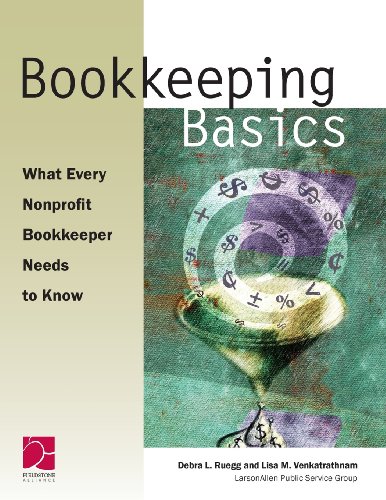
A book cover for Bookkeeping Basics: What Every Nonprofit Bookkeeper Needs to Know; Debra L. Ruegg; Business & Money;